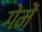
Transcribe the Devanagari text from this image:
गेमें